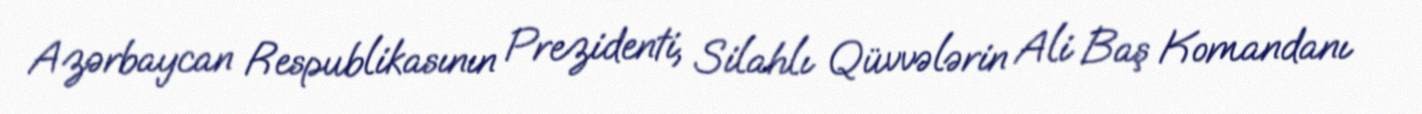
Azərbaycan Respublikasının Prezidenti, Silahlı Qüvvələrin Ali Baş Komandanı